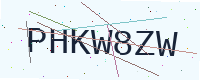
Text: PHKW8ZW